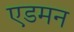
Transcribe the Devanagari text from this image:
एडमन